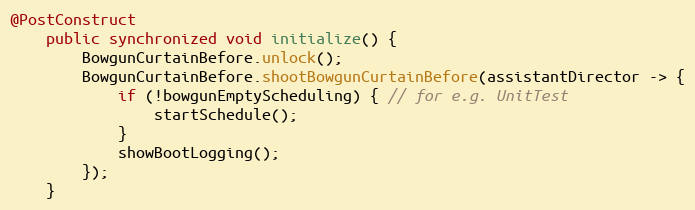
Language: Java
@PostConstruct
    public synchronized void initialize() {
        BowgunCurtainBefore.unlock();
        BowgunCurtainBefore.shootBowgunCurtainBefore(assistantDirector -> {
            if (!bowgunEmptyScheduling) { // for e.g. UnitTest
                startSchedule();
            }
            showBootLogging();
        });
    }